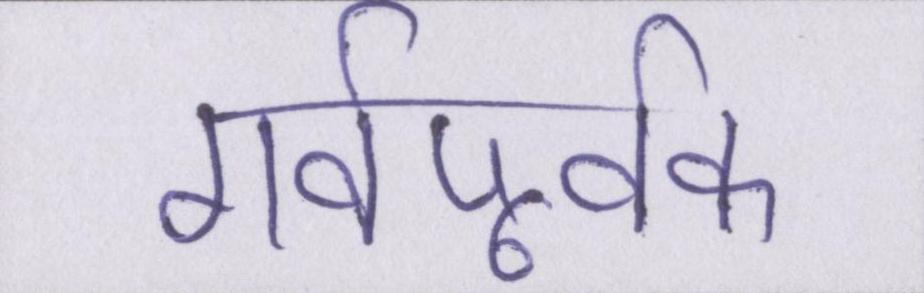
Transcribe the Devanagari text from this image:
गर्वपूर्वक